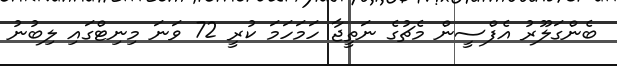
ބެންގަލޫރު އެފްސީން މެޗުގެ ނަތީޖާ ހަަމަހަމަ ކުރީ 72 ވަނަ މިނިޓްގައި ލިބުނު